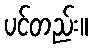
ပင်တည်း။